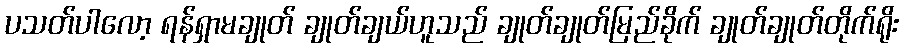
ပသတ်ပါလော့ ရန်ရှာမချုတ် ချုတ်ချယ်ဟူသည် ချုတ်ချုတ်မြည်ခိုက် ချုတ်ချုတ်တိုက်ရိုး